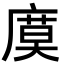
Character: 𢊗